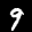
Label: 9